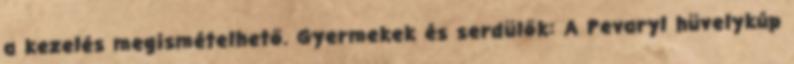
a kezelés megismételhető. Gyermekek és serdülők: A Pevaryl hüvelykúp